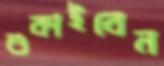
শুকাইবেন